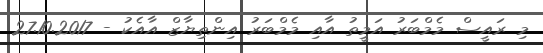
މި ރައީސް މެމްބަރު އަމީތު އާއި މެމްބަރު އިންތިޔާޒް އާއެކު - 27.10.2017